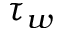
\tau _ { w }